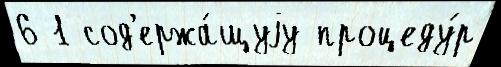
6 1 сод'ержа́щуjу процеду́р